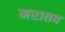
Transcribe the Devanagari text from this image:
मरातब